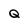
Character: Q